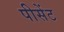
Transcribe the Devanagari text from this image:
पीसेंट